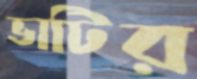
ভাটির